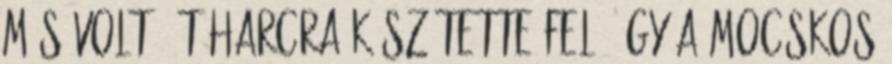
más volt, őt harcra készítette fel, így a mocskos